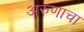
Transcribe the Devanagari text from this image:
अरुणाचा